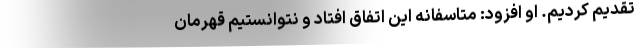
تقدیم کردیم. او افزود: متاسفانه این اتفاق افتاد و نتوانستیم قهرمان